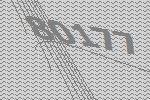
80177